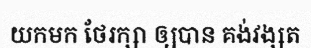
យកមក ថែរក្សា ឲ្យបាន គង់វង្សត